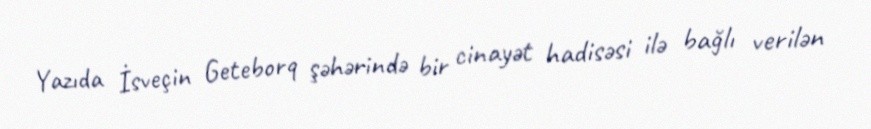
Yazıda İsveçin Geteborq şəhərində bir cinayət hadisəsi ilə bağlı verilən